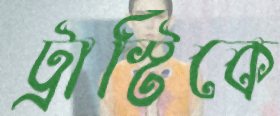
ট্রাস্টিকে